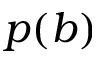
p ( b )